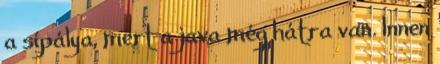
a sípálya, mert a java még hátra van. Innen